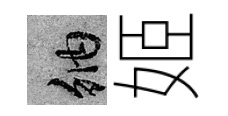
納姬